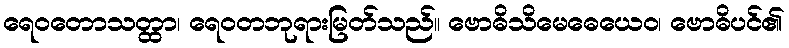
ရေဝတောသတ္ထာ၊ ရေဝတဘုရားမြတ်သည်။ ဗောဓိသိမေဓေယေဝ၊ ဗောဓိပင်၏